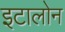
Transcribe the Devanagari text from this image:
इटालोन